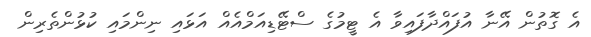
އެ ގޮތުން އޭނާ އުފައްދާފައިވާ އެ ޓީމުގެ ސްޓޭޑިއަމްއެއް އަޅައި ނިންމައި ކުޅުންތެރިން